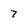
Character: 7